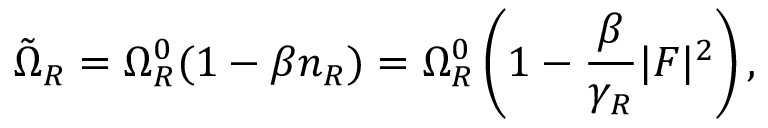
\tilde { \Omega } _ { R } = \Omega _ { R } ^ { 0 } ( 1 - \beta n _ { R } ) = \Omega _ { R } ^ { 0 } \left( 1 - \frac { \beta } { \gamma _ { R } } | F | ^ { 2 } \right) ,